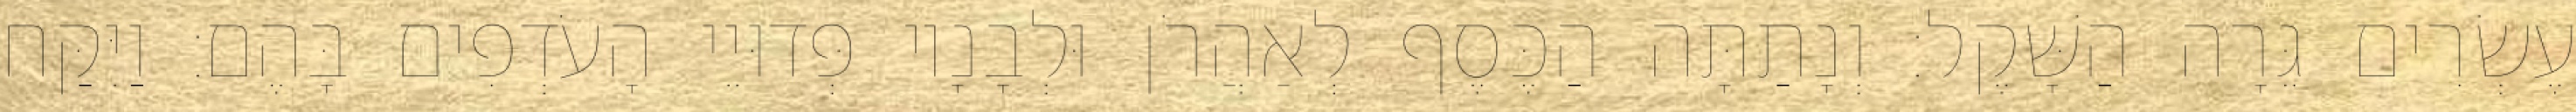
עֶשְׂרִים גֵּרָה הַשָּׁקֶל׃ וְנָתַתָּה הַכֶּסֶף לְאַהֲרֹן וּלְבָנָיו פְּדוּיֵי הָעֹדְפִים בָּהֶם׃ וַיִּקַּח